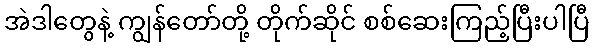
အဲဒါတွေနဲ့ ကျွန်တော်တို့ တိုက်ဆိုင် စစ်ဆေးကြည့်ပြီးပါပြီ